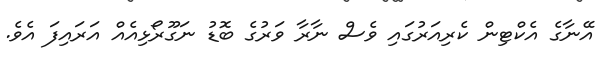
އޭނާގެ އެކްޓިން ކެރިއަރުގައި ވެސް ނާރާ ވަރުގެ ބޮޑު ނަގޫރޯޅިއެއް އަރައިފަ އެވެ.